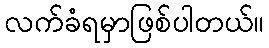
လက်ခံရမှာဖြစ်ပါတယ်။